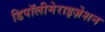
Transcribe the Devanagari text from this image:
डिपॉलीमेराइज़ेशन